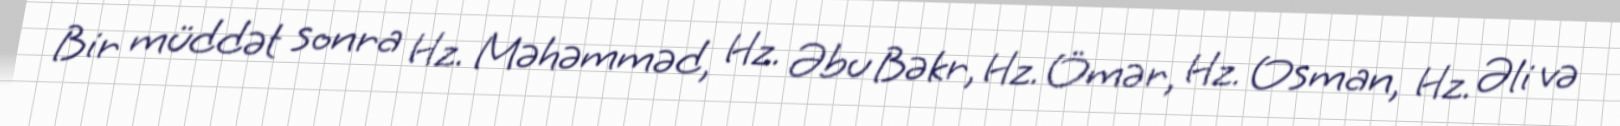
Bir müddət sonra Hz. Məhəmməd, Hz. Əbu Bəkr, Hz. Ömər, Hz. Osman, Hz. Əli və